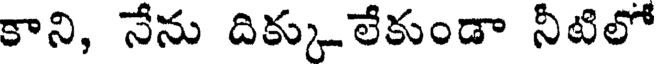
కాని, నేను దిక్కులేకుండా నీటిలో